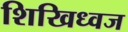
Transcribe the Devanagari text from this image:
शिखिध्वज